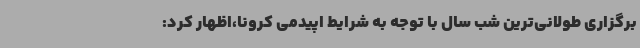
برگزاری طولانی‌ترین شب سال با توجه به شرایط اپیدمی کرونا،اظهار کرد: